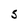
Character: 5